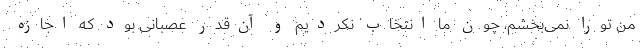
من تورا نمی‌بخشم، چون ما انتخاب نکردیم و آن‌قدر عصبانی بود که اجازه